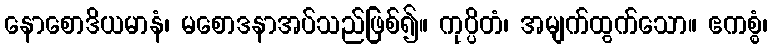
နောစောဒိယမာနံ၊ မစောဒနာအပ်သည်ဖြစ်၍။ ကုပ္ပိတံ၊ အမျက်ထွက်သော။ ဧကစ္စံ၊